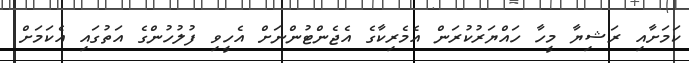
ކަމަށާއި ރަޝިޔާ މީހާ ހައްޔަރުކުރަން އެމެރިކާގެ އެޖެންޓުންނަށް އެހީވި ފުލުހުންގެ އަތުގައި އެކަމަށް